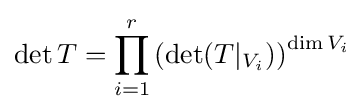
\det T=\prod _{i=1}^{r}\left(\det(T|_{V_{i}})\right)^{\dim V_{i}}